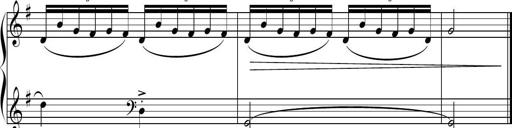
Title: Sonatine basque
Composer: Louis Sauter